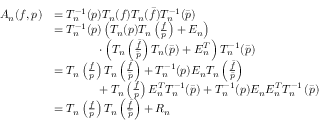
\begin{array} { r l } { A _ { n } ( f , p ) } & { = T _ { n } ^ { - 1 } ( p ) T _ { n } ( f ) T _ { n } ( \bar { f } ) T _ { n } ^ { - 1 } ( \bar { p } ) } \\ & { = T _ { n } ^ { - 1 } ( p ) \left( T _ { n } ( p ) T _ { n } \left( \frac { f } { p } \right) + E _ { n } \right) } \\ & { \phantom { A _ { n } ( f , p ) } \cdot \left( T _ { n } \left( \frac { \bar { f } } { \bar { p } } \right) T _ { n } ( \bar { p } ) + E _ { n } ^ { T } \right) T _ { n } ^ { - 1 } ( \bar { p } ) } \\ & { = T _ { n } \left( \frac { f } { p } \right) T _ { n } \left( \frac { \bar { f } } { \bar { p } } \right) + T _ { n } ^ { - 1 } ( p ) E _ { n } T _ { n } \left( \frac { \bar { f } } { \bar { p } } \right) } \\ & { \phantom { A _ { n } ( f , p ) } + T _ { n } \left( \frac { f } { p } \right) E _ { n } ^ { T } T _ { n } ^ { - 1 } ( \bar { p } ) + T _ { n } ^ { - 1 } ( p ) E _ { n } E _ { n } ^ { T } T _ { n } ^ { - 1 } \left( \bar { p } \right) } \\ & { = T _ { n } \left( \frac { f } { p } \right) T _ { n } \left( \frac { \bar { f } } { \bar { p } } \right) + R _ { n } } \end{array}